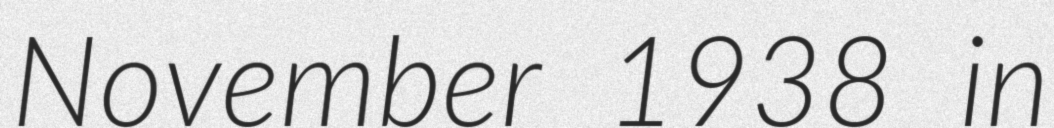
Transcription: November 1938 in